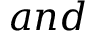
a n d